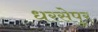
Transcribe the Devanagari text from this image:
धरसेपुर